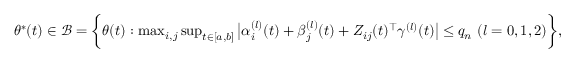
\begin{array} { r } { \theta ^ { * } ( t ) \in \mathcal { B } = \bigg \{ \theta ( t ) : \operatorname* { m a x } _ { i , j } \operatorname* { s u p } _ { t \in [ a , b ] } \big | \alpha _ { i } ^ { ( l ) } ( t ) + \beta _ { j } ^ { ( l ) } ( t ) + Z _ { i j } ( t ) ^ { \top } \gamma ^ { ( l ) } ( t ) \big | \le q _ { n } ~ ( l = 0 , 1 , 2 ) \bigg \} , } \end{array}